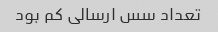
تعداد سس ارسالی کم‌ بود